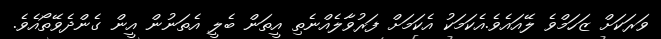
ވަރަކަށް ޒަހަމްވެ ލޭއައެވެ.އެކަމަކު އެކަމަށް ފަރުވާލެއްނެތި އީތަން ބެލީ އެތަނުން އީން ގެންދެވޭތޯއެވެ.